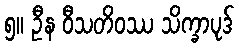
၅။ ဦန ဝီသတိဝဿ သိက္ခာပုဒ်